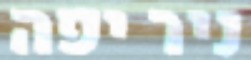
ניר יפה